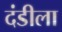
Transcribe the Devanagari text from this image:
दंडीला